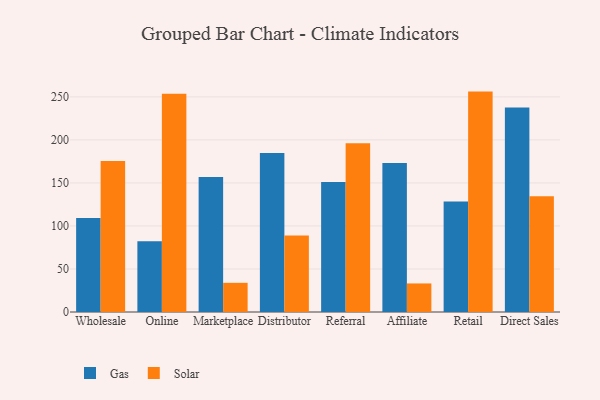
{"axis": {"x": "Channel", "y": "Market Share (%)"}, "legend": ["Gas", "Solar"], "data": [{"x": "Wholesale", "y": 109.2, "type": "Gas"}, {"x": "Wholesale", "y": 175.4, "type": "Solar"}, {"x": "Online", "y": 82.2, "type": "Gas"}, {"x": "Online", "y": 253.5, "type": "Solar"}, {"x": "Marketplace", "y": 157.0, "type": "Gas"}, {"x": "Marketplace", "y": 33.9, "type": "Solar"}, {"x": "Distributor", "y": 184.7, "type": "Gas"}, {"x": "Distributor", "y": 88.9, "type": "Solar"}, {"x": "Referral", "y": 151.2, "type": "Gas"}, {"x": "Referral", "y": 196.2, "type": "Solar"}, {"x": "Affiliate", "y": 173.0, "type": "Gas"}, {"x": "Affiliate", "y": 33.2, "type": "Solar"}, {"x": "Retail", "y": 128.5, "type": "Gas"}, {"x": "Retail", "y": 256.1, "type": "Solar"}, {"x": "Direct Sales", "y": 237.7, "type": "Gas"}, {"x": "Direct Sales", "y": 134.5, "type": "Solar"}]}